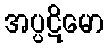
အပ္ပဋိမော